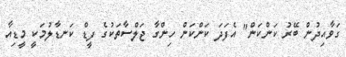
ގަވާއިދުން ބޭރު ކަންކަން" އެފަދަ ކަންކަން ހިިންގާ ޖަލްސާތަކުގެ ފީޑް ކަނޑާލުމަކީ މީޑިއާ